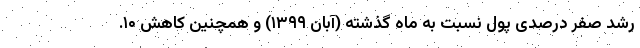
رشد صفر درصدی پول نسبت به ماه گذشته (آبان ۱۳۹۹) و همچنین کاهش ۱۰.